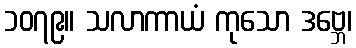
၁၀၇၉။ သလာကာယံ ကုသော ဒဗ္ဘေ၊